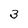
Character: 3